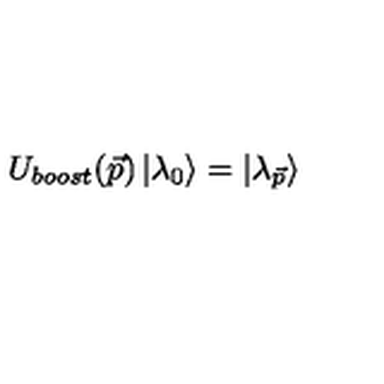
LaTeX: U _ { b o o s t } ( \vec { p } ) \left| \lambda _ { 0 } \right> = \left| \lambda _ { \vec { p } } \right>